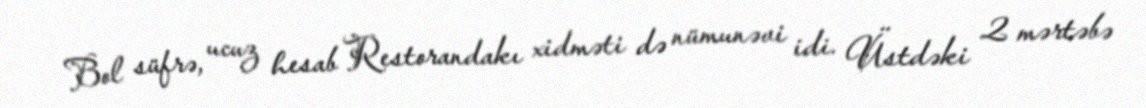
Bol süfrə, ucuz hesab Restorandakı xidməti də nümunəvi idi. Üstdəki 2 mərtəbə